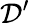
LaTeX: \mathbf{\mathcal{D}^{\prime}}